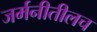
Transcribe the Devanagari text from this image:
जर्मनीतीलच